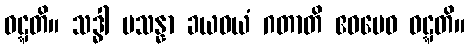
ဝဋ္ဋတိ။ သဒ္ဓါ ပသန္နာ ခယဝယံ ဂတာတိ ဧဝမေဝ ဝဋ္ဋတိ။